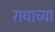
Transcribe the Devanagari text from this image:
राधाच्या